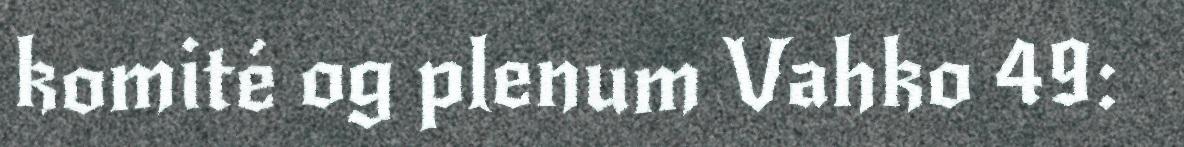
komité og plenum Vahko 49: